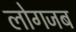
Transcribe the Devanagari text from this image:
लोगजब